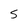
Character: S